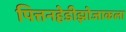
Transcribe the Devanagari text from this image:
पित्तनहेडीझोजाकला